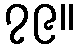
၇၉။